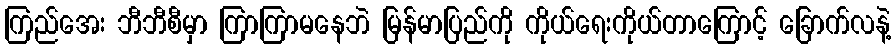
ကြည်အေး ဘီဘီစီမှာ ကြာကြာမနေဘဲ မြန်မာပြည်ကို ကိုယ်ရေးကိုယ်တာကြောင့် ခြောက်လနဲ့